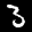
Label: 3